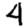
Digit: 4